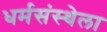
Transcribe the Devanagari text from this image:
धर्मसंस्थेला